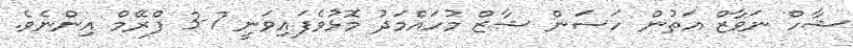
ޝާހް ނަވާޒް އަތުން ހަސަން ޝާޒް މުހައްމަދު މޮޅުވެފައިވަނީ 7-3 ފްރޭމް އިންނެވެ.